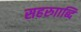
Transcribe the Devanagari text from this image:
सहरुााब्दि